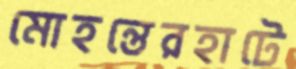
মোহন্তেরহাটে